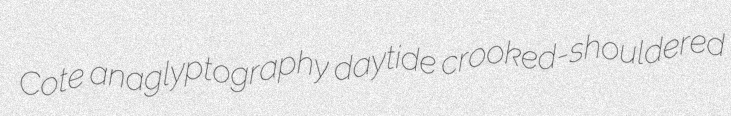
Cote anaglyptography daytide crooked-shouldered